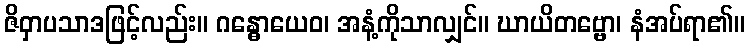
ဇိဝှာပသာဒဖြင့်လည်း။ ဂန္ဓောယေဝ၊ အနံ့ကိုသာလျှင်။ ဃာယိတဗ္ဗော၊ နံအပ်ရာ၏။